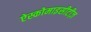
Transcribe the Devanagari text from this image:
ऐस्कोमाइसीटीज़